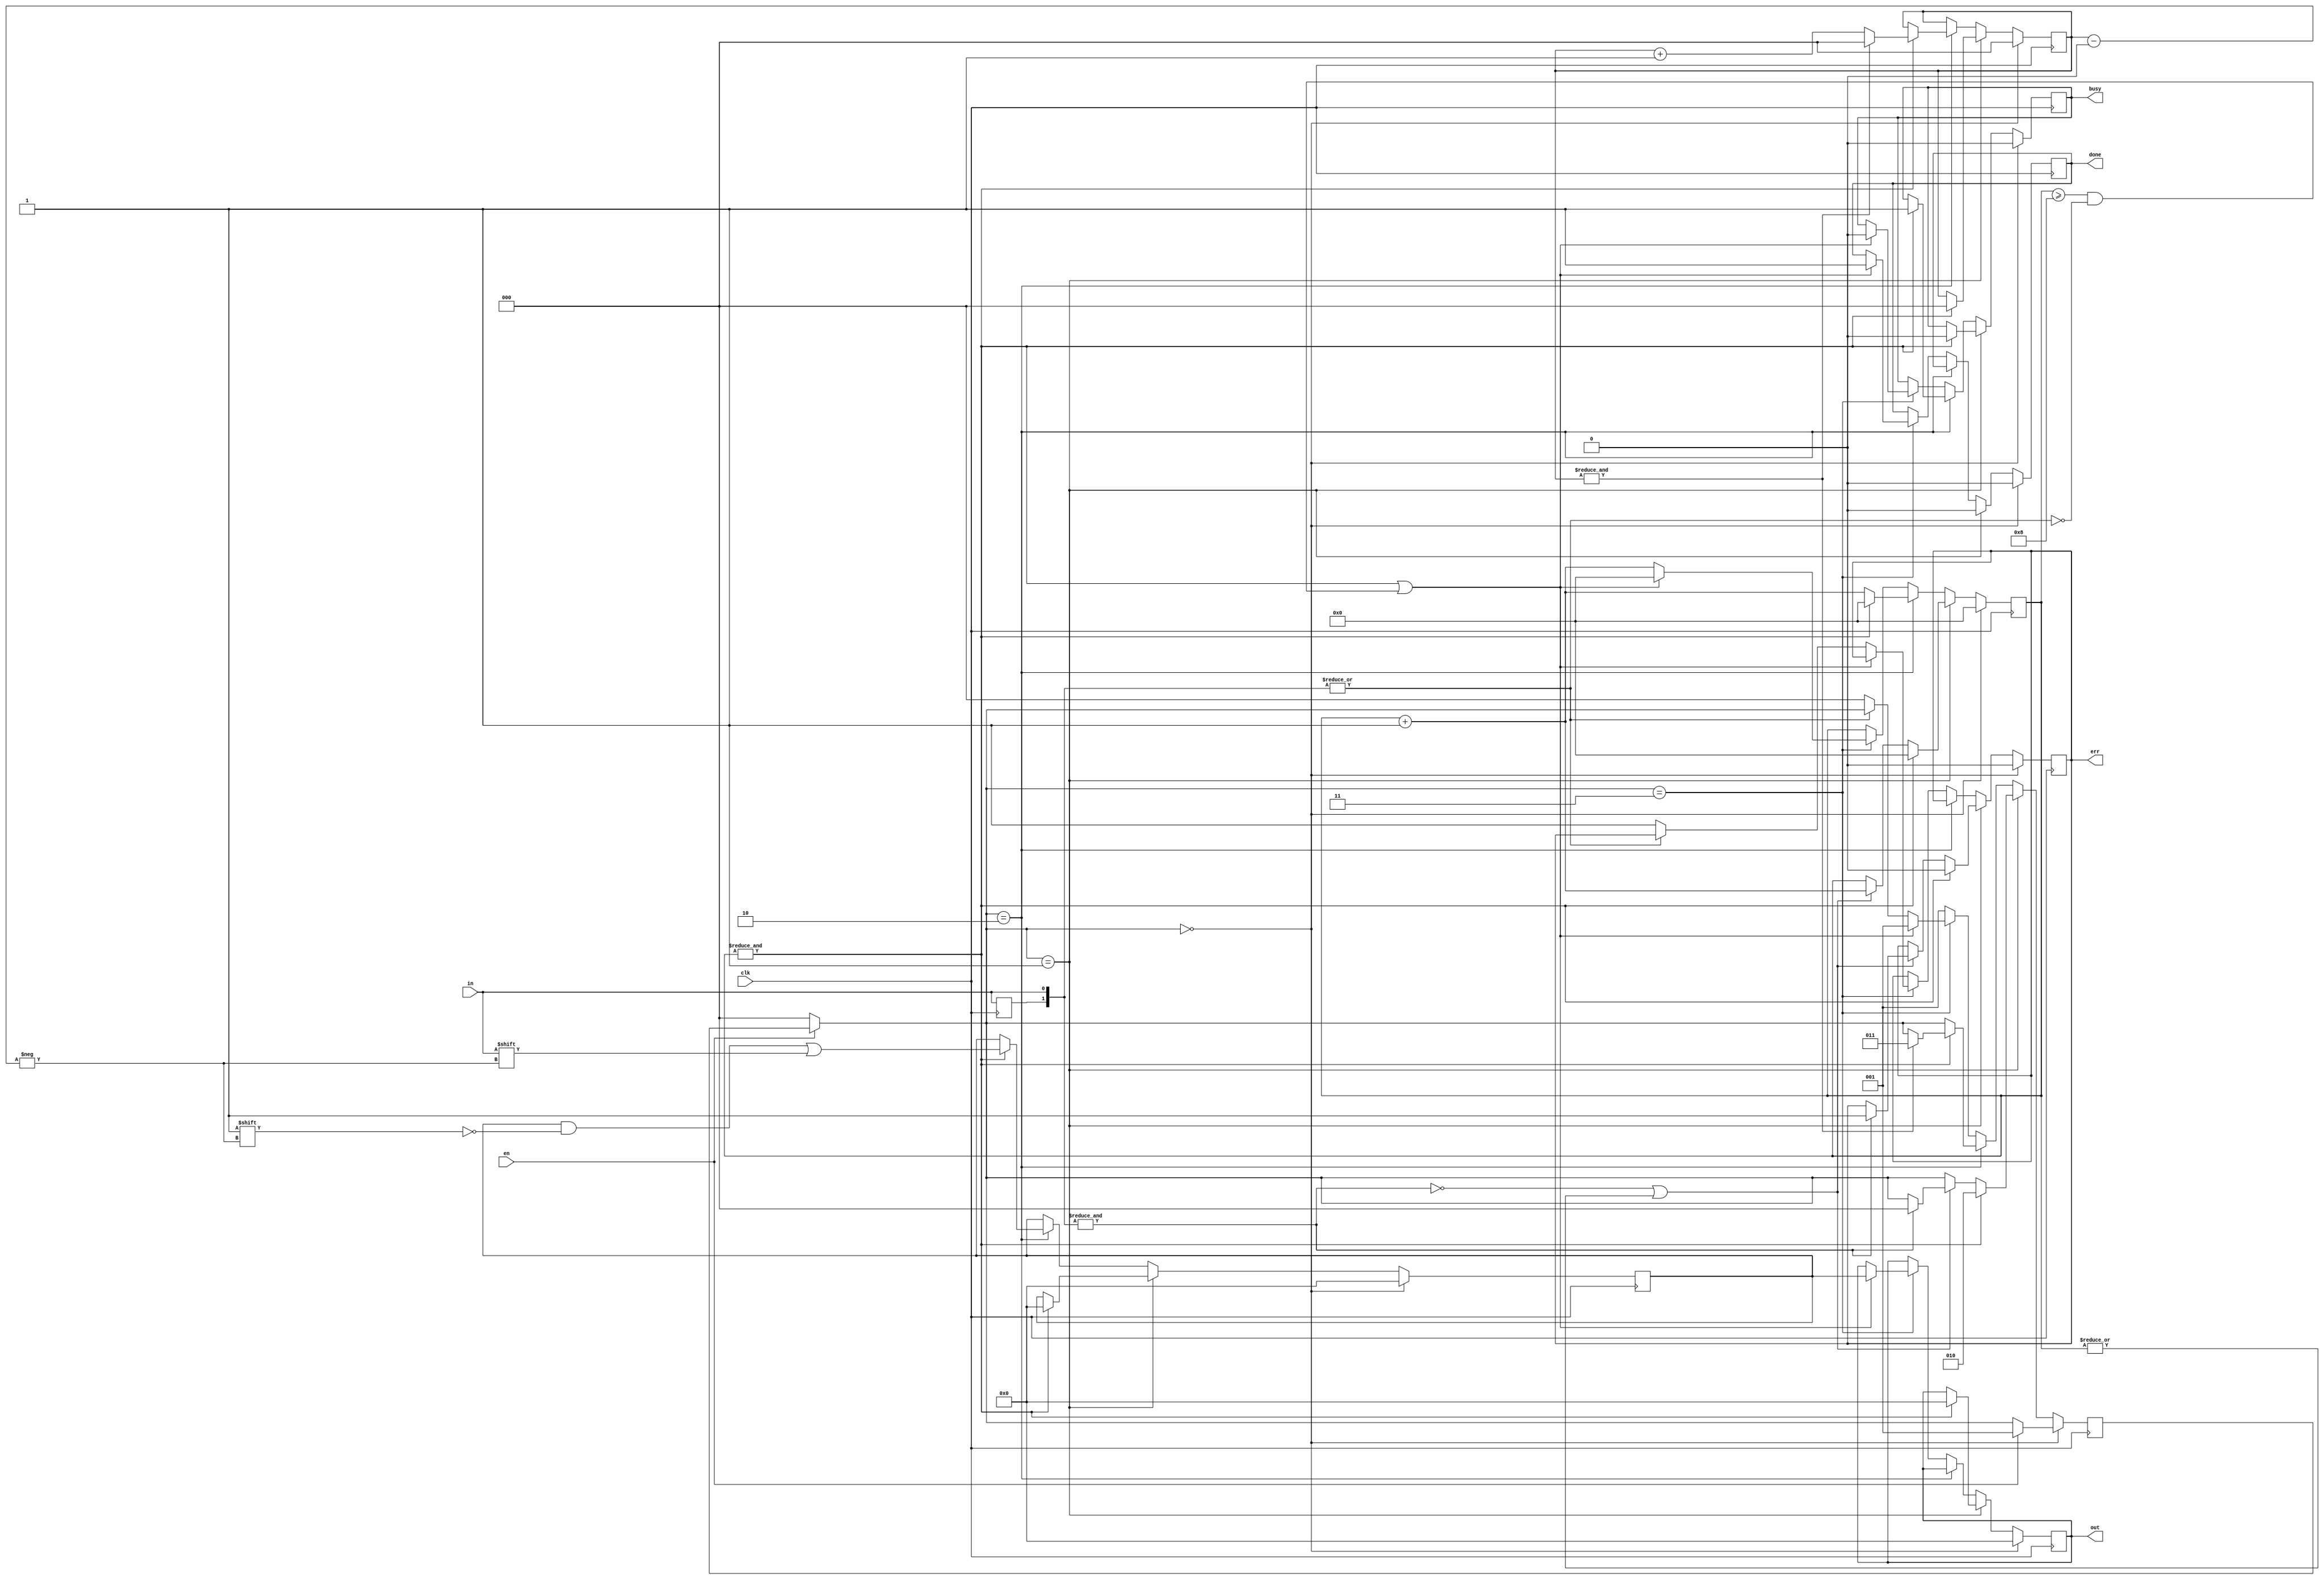
module Uart8Receiver (
    input  wire       clk,  // baud rate
    input  wire       en,
    input  wire       in,   // rx
    output reg  [7:0] out,  // received data
    output reg        done, // end on transaction
    output reg        busy, // transaction is in process
    output reg        err   // error while receiving data
);
    // states of state machine
    reg [1:0] RESET = 2'b00;
    reg [1:0] IDLE = 2'b01;
    reg [1:0] DATA_BITS = 2'b10;
    reg [1:0] STOP_BIT = 2'b11;

    reg [2:0] state;
    reg [2:0] bitIdx = 3'b0; // for 8-bit data
    reg [1:0] inputSw = 2'b0; // shift reg for input signal state
    reg [3:0] clockCount = 4'b0; // count clocks for 16x oversample
    reg [7:0] receivedData = 8'b0; // temporary storage for input data

    always @(posedge clk) begin
        inputSw = { inputSw[0], in };

        if (!en) begin
            state = RESET;
        end

        case (state)
            RESET: begin
                out <= 8'b0;
                err <= 1'b0;
                done <= 1'b0;
                busy <= 1'b0;
                bitIdx <= 3'b0;
                clockCount <= 4'b0;
                receivedData <= 8'b0;
                if (en) begin
                    state <= IDLE;
                end
            end

            IDLE: begin
                done <= 1'b0;
                if (&clockCount) begin
                    state <= DATA_BITS;
                    out <= 8'b0;
                    bitIdx <= 3'b0;
                    clockCount <= 4'b0;
                    receivedData <= 8'b0;
                    busy <= 1'b0;
                    err <= 1'b0;
						  if(!in) begin
							state <= DATA_BITS;
						  end
                end else if (!(&inputSw) || |clockCount) begin
                    // Check bit to make sure it's still low
                    if (&inputSw) begin
                        err <= 1'b1;
                        state <= RESET;
                    end
                    clockCount <= clockCount + 4'b1;
                end
            end

            // Wait 8 full cycles to receive serial data
            DATA_BITS: begin
                if (&clockCount) begin // save one bit of received data
						  busy <= 1'b1;
                    clockCount <= 4'b0;
                    // TODO: check the most popular value
                    receivedData[bitIdx] <= inputSw[0];
                    if (&bitIdx) begin
                        bitIdx <= 3'b0;
                        state <= STOP_BIT;
                    end else begin
                        bitIdx <= bitIdx + 3'b1;
                    end
                end else begin
                    clockCount <= clockCount + 4'b1;
                end
            end

            /*
            * Baud clock may not be running at exactly the same rate as the
            * transmitter. Next start bit is allowed on at least half of stop bit.
            */
            STOP_BIT: begin
                if (&clockCount || (clockCount >= 4'h8 && !(|inputSw))) begin
                    state <= IDLE;
                    done <= 1'b1;
                    busy <= 1'b0;
                    out <= receivedData;
                    clockCount <= 4'b0;
                end else begin
                    clockCount <= clockCount + 1;
                    // Check bit to make sure it's still high
                    if (!(|inputSw)) begin
                        err <= 1'b1;
                        state <= RESET;
                    end
                end
            end

            default: state <= IDLE;
        endcase
    end

endmodule